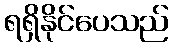
ရရှိနိုင်ပေသည်